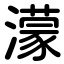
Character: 濛